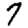
Digit: 7